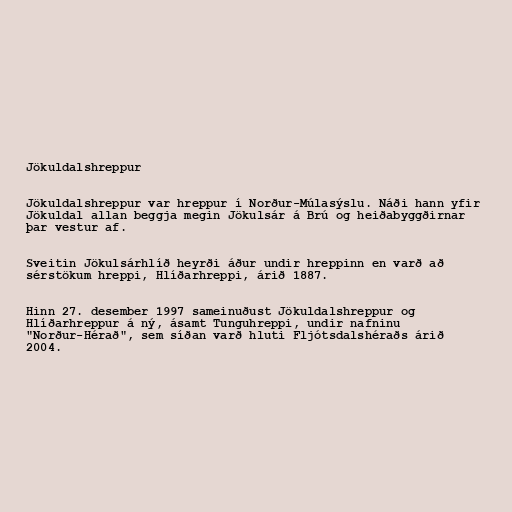
Jökuldalshreppur

Jökuldalshreppur var hreppur í Norður-Múlasýslu. Náði hann yfir
Jökuldal allan beggja megin Jökulsár á Brú og heiðabyggðirnar
þar vestur af.

Sveitin Jökulsárhlíð heyrði áður undir hreppinn en varð að
sérstökum hreppi, Hlíðarhreppi, árið 1887.

Hinn 27. desember 1997 sameinuðust Jökuldalshreppur og
Hlíðarhreppur á ný, ásamt Tunguhreppi, undir nafninu
"Norður-Hérað", sem síðan varð hluti Fljótsdalshéraðs árið
2004.